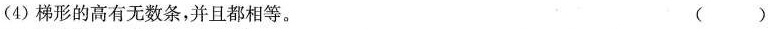
(4)梯形的高有无数条，并且都相等。 ( )